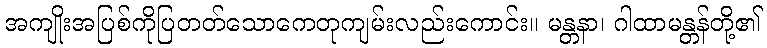
အကျိုးအပြစ်ကိုပြတတ်သောကေတုကျမ်းလည်းကောင်း။ မန္တနာ၊ ဂါထာမန္တန်တို့၏